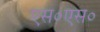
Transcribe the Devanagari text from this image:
एस०एस०